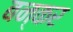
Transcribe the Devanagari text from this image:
बन्कर